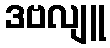
ဒဗလျူ